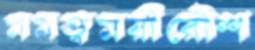
মমত্বময়ীরৌশ